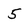
Character: 5